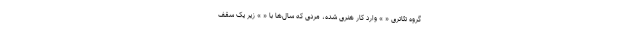
گروه تئاتری « » وارد کار هنری شده، مردی که سال‌ها با « » زیر یک سقف